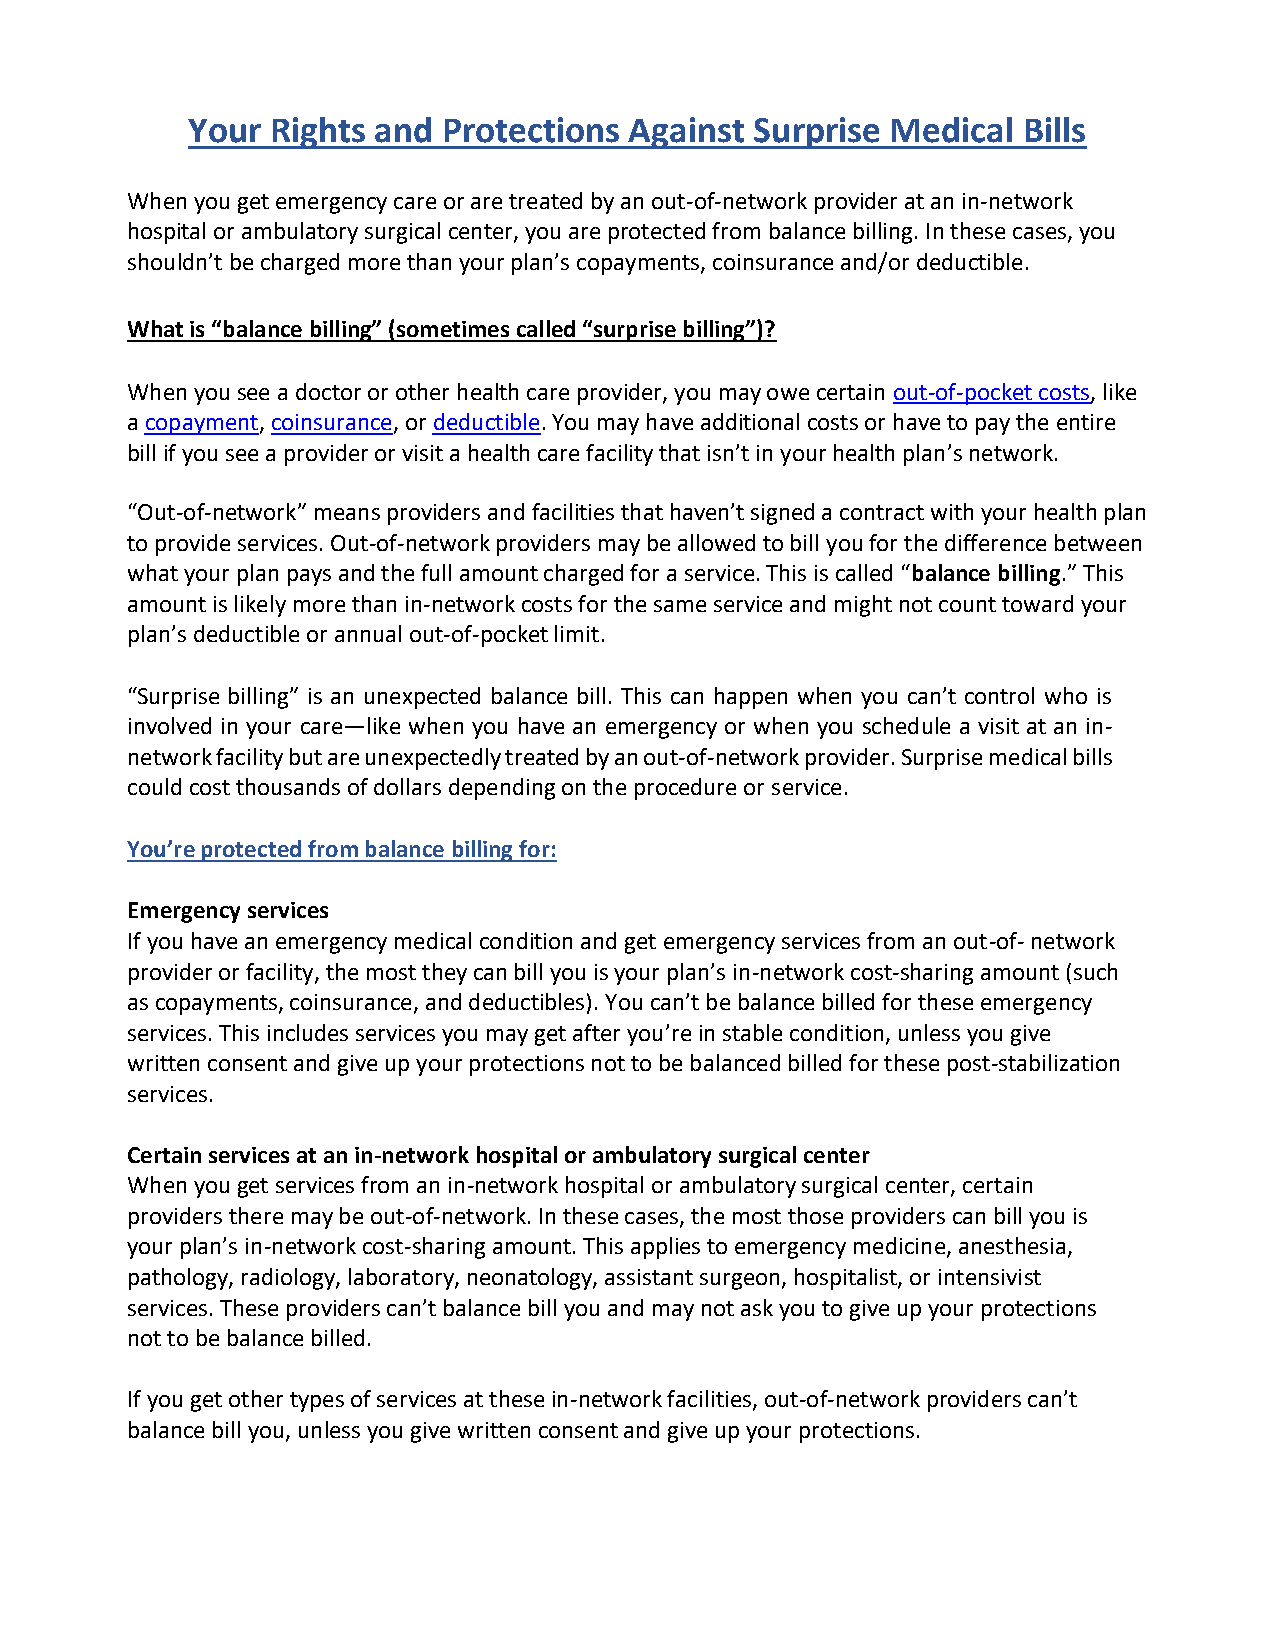
Your  Rights and Protections  Against Surprise Medical  Bills
 When you get emergency care or are treated by an out-of-network provider at an in-network
 hospital or ambulatory surgical center, you are protected from balance billing. In these cases, you
 shouldn’t be charged more than your plan’s copayments, coinsurance and/or deductible.
 What is “balance billing” (sometimes called “surprise billing”)?
 When you see a doctor or other health care provider, you may owe certain out-of-pocket costs, like
 a copayment, coinsurance, or deductible. You may have additional costs or have to pay the entire
 bill if you see a provider or visit a health care facility that isn’t in your health plan’s network.
 “Out-of-network” means providers and facilities that haven’t signed a contract with your health plan
 to provide services. Out-of-network providers may be allowed to bill you for the difference between
 what your plan pays and the full amount charged for a service. This is called “balance billing.” This
 amount is likely more than in-network costs for the same service and might not count toward your
 plan’s deductible or annual out-of-pocket limit.
 “Surprise billing” is an unexpected balance bill. This can happen when you can’t control who is
 involved in your care—like when you have an emergency or when you schedule a visit at an in-
 network facility but are unexpectedly treated by an out-of-network provider. Surprise medical bills
 could cost thousands of dollars depending on the procedure or service.
 You’re protected from balance billing for:
 Emergency services
 If you have an emergency medical condition and get emergency services from an out-of- network
 provider or facility, the most they can bill you is your plan’s in-network cost-sharing amount (such
 as copayments, coinsurance, and deductibles). You can’t be balance billed for these emergency
 services. This includes services you may get after you’re in stable condition, unless you give
 written consent and give up your protections not to be balanced billed for these post-stabilization
 services.
 Certain services at an in-network hospital or ambulatory surgical center
 When you get services from an in-network hospital or ambulatory surgical center, certain
 providers there may be out-of-network. In these cases, the most those providers can bill you is
 your plan’s in-network cost-sharing amount. This applies to emergency medicine, anesthesia,
 pathology, radiology, laboratory, neonatology, assistant surgeon, hospitalist, or intensivist
 services. These providers can’t balance bill you and may not ask you to give up your protections
 not to be balance billed.
 If you get other types of services at these in-network facilities, out-of-network providers can’t
 balance bill you, unless you give written consent and give up your protections.